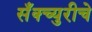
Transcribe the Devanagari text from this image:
सॅंक्च्युरीचे